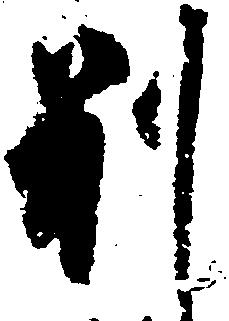
別